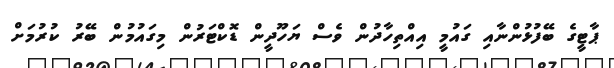
ޕާޓީގެ ބޭފުޅުންނާއި ގައުމީ އިއްތިހާދުން ވެސް ޔަހޫދީން ޑޮކްޓަރުން މިގައުމުން ބޭރު ކުރުމަށް